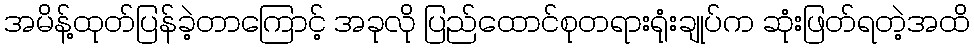
အမိန့်ထုတ်ပြန်ခဲ့တာကြောင့် အခုလို ပြည်ထောင်စုတရားရုံးချုပ်က ဆုံးဖြတ်ရတဲ့အထိ